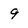
Character: 9